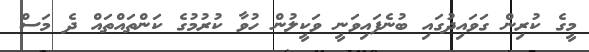
މީގެ ކުރިން ގަވައިދުގައި ބުނެފައިވަނީ ވަކީލުން ހުވާ ކުރުމުގެ ކަންތައްތައް ދެ މަސް